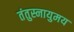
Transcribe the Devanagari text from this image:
तंतुस्नायुमय